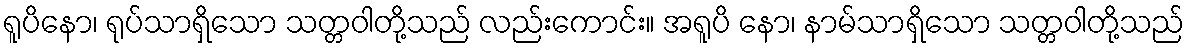
ရူပိနော၊ ရုပ်သာရှိသော သတ္တဝါတို့သည် လည်းကောင်း။ အရူပိ နော၊ နာမ်သာရှိသော သတ္တဝါတို့သည်